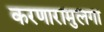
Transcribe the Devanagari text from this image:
करणारामुलगा